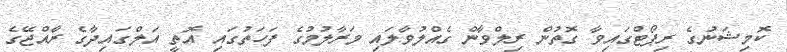
ކޮމިޝަނުގެ ރިޕޯޓްގައިވާ ގޮތުން ރިލްވާން ގެއްލުވާލައި މަރާލުމުގެ ފަހަތުގައި އޮތީ އަލްގައިދާގެ ރާއްޖޭގެ